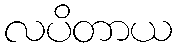
လပိတာယ